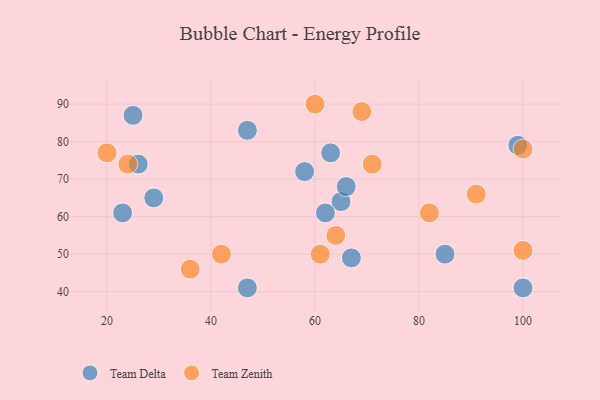
{"axis": {"x": "GDP", "y": "Life Expectancy"}, "legend": ["Team Delta", "Team Zenith"], "data": [{"x": "65", "y": 64, "type": "Team Delta"}, {"x": "26", "y": 74, "type": "Team Delta"}, {"x": "58", "y": 72, "type": "Team Delta"}, {"x": "62", "y": 61, "type": "Team Delta"}, {"x": "47", "y": 41, "type": "Team Delta"}, {"x": "99", "y": 79, "type": "Team Delta"}, {"x": "100", "y": 41, "type": "Team Delta"}, {"x": "47", "y": 83, "type": "Team Delta"}, {"x": "23", "y": 61, "type": "Team Delta"}, {"x": "66", "y": 68, "type": "Team Delta"}, {"x": "85", "y": 50, "type": "Team Delta"}, {"x": "29", "y": 65, "type": "Team Delta"}, {"x": "63", "y": 77, "type": "Team Delta"}, {"x": "25", "y": 87, "type": "Team Delta"}, {"x": "67", "y": 49, "type": "Team Delta"}, {"x": "91", "y": 66, "type": "Team Zenith"}, {"x": "24", "y": 74, "type": "Team Zenith"}, {"x": "42", "y": 50, "type": "Team Zenith"}, {"x": "100", "y": 78, "type": "Team Zenith"}, {"x": "20", "y": 77, "type": "Team Zenith"}, {"x": "82", "y": 61, "type": "Team Zenith"}, {"x": "61", "y": 50, "type": "Team Zenith"}, {"x": "60", "y": 90, "type": "Team Zenith"}, {"x": "100", "y": 51, "type": "Team Zenith"}, {"x": "36", "y": 46, "type": "Team Zenith"}, {"x": "64", "y": 55, "type": "Team Zenith"}, {"x": "69", "y": 88, "type": "Team Zenith"}, {"x": "71", "y": 74, "type": "Team Zenith"}]}